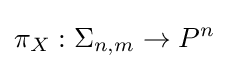
\pi _{X}:\Sigma _{n,m}\to P^{n}\